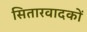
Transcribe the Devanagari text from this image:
सितारवादकों